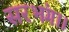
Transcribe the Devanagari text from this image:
सरभंग।।